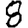
Digit: 8